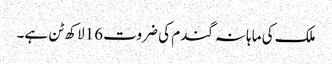
ملک کی ماہانہ گندم کی ضروت 16لاکھ ٹن ہے۔